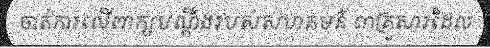
ចាត់ការលើពាក្យបណ្តឹងរបស់សហគមន៍ ៣គ្រួសារដែល